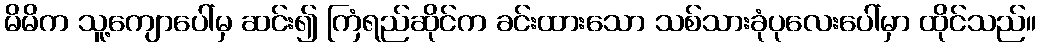
မိမိက သူ့ကျောပေါ်မှ ဆင်း၍ ကြံရည်ဆိုင်က ခင်းထားသော သစ်သားခုံပုလေးပေါ်မှာ ထိုင်သည်။